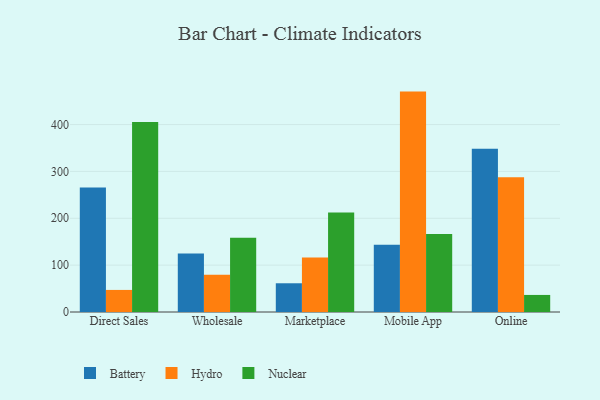
{"axis": {"x": "Channel", "y": "Revenue (USD Million)"}, "legend": ["Battery", "Hydro", "Nuclear"], "data": [{"x": "Direct Sales", "y": 265.4, "type": "Battery"}, {"x": "Direct Sales", "y": 47.1, "type": "Hydro"}, {"x": "Direct Sales", "y": 405.6, "type": "Nuclear"}, {"x": "Wholesale", "y": 124.9, "type": "Battery"}, {"x": "Wholesale", "y": 79.4, "type": "Hydro"}, {"x": "Wholesale", "y": 158.5, "type": "Nuclear"}, {"x": "Marketplace", "y": 61.3, "type": "Battery"}, {"x": "Marketplace", "y": 116.4, "type": "Hydro"}, {"x": "Marketplace", "y": 212.5, "type": "Nuclear"}, {"x": "Mobile App", "y": 143.3, "type": "Battery"}, {"x": "Mobile App", "y": 470.3, "type": "Hydro"}, {"x": "Mobile App", "y": 166.2, "type": "Nuclear"}, {"x": "Online", "y": 348.3, "type": "Battery"}, {"x": "Online", "y": 287.4, "type": "Hydro"}, {"x": "Online", "y": 36.4, "type": "Nuclear"}]}